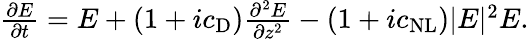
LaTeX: \begin{array}{r}{\frac{\partial E}{\partial t}=E+(1+ic_{\mathrm{D}})\frac{\partial^{2}E}{\partial z^{2}}-(1+ic_{\mathrm{NL}})|E|^{2}E.}\end{array}